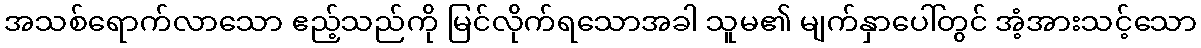
အသစ်ရောက်လာသော ဧည့်သည်ကို မြင်လိုက်ရသောအခါ သူမ၏ မျက်နှာပေါ်တွင် အံ့အားသင့်သော